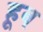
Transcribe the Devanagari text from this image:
हूव